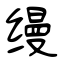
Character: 缦